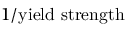
1 / { \mathrm { y i e l d ~ s t r e n g t h } }